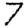
Digit: 7